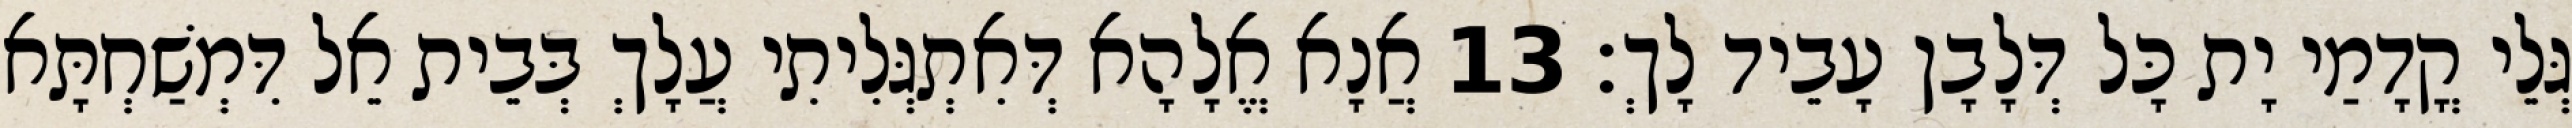
גְּלֵי קֳדָמַי יָת כָּל דְּלָבָן עָבֵיד לָךְ׃ 13 אֲנָא אֱלָהָא דְּאִתְגְּלִיתִי עֲלָךְ בְּבֵית אֵל דִּמְשַׁחְתָּא